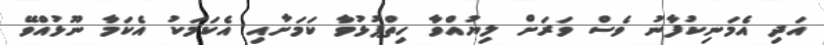
އަދި އެމަނިކުފާނު ވެސް ވަރަށް ލިޔުއްވާ ހިތްޕުޅުވާ ކަމަށާއި އެކަމަކު އެކަމާ ނޫޅުއްވޭ